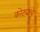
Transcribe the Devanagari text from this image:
कोट्यांचे